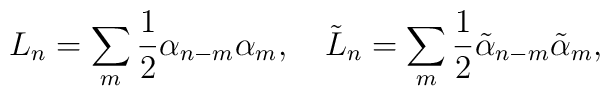
L_n = \sum_m \frac 1 2 \alpha_{n-m} \alpha_m, ~~~ \tilde L_n = \sum_m \frac 1 2 \tilde \alpha_{n-m} \tilde \alpha_m,